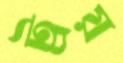
ট্রয়